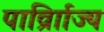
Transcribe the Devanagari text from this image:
पार्व्राािज्य